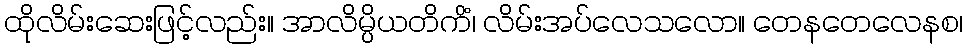
ထိုလိမ်းဆေးဖြင့်လည်း။ အာလိမ္ပိယတိကိံ၊ လိမ်းအပ်လေသလော။ တေနတေလေနစ၊